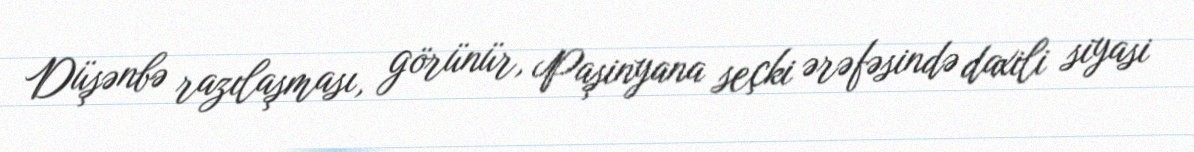
Düşənbə razılaşması, görünür, Paşinyana seçki ərəfəsində daxili siyasi